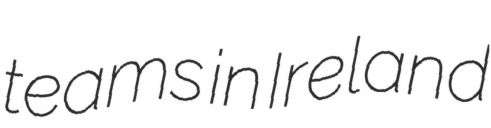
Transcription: teams in Ireland